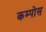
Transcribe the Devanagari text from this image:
कम्पोस